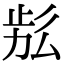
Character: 𣥬